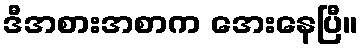
ဒီအစားအစာက အေးနေပြီ။